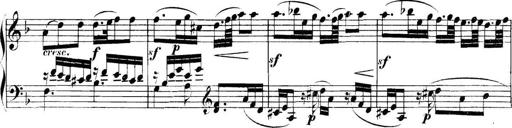
Title: Collected Piano Sonatas
Composer: Muzio Clementi